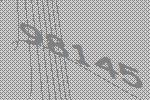
98145